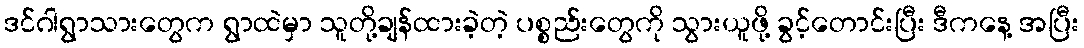
ဒင်ဂါရွာသားတွေက ရွာထဲမှာ သူတို့ချန်ထားခဲ့တဲ့ ပစ္စည်းတွေကို သွားယူဖို့ ခွင့်တောင်းပြီး ဒီကနေ့ အပြီး